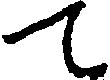
て